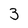
Character: 3